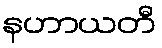
နဟာယတီ